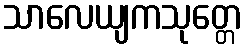
သာလေယျကသုတ္တေ